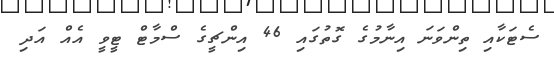
ސެޓަކާއި ތިންވަނަ އިނާމުގެ ގޮތުގައި 46 އިންޗީގެ ސްމާޓް ޓީވީ އެއް އަދި